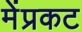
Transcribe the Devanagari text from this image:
मेंप्रकट